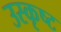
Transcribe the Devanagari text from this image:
उस्कृष्ट